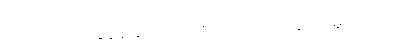
သတိရမှု အလွန်နည်းတယ်လို့ ဘုရားဟောတော်မူပါတယ်၊